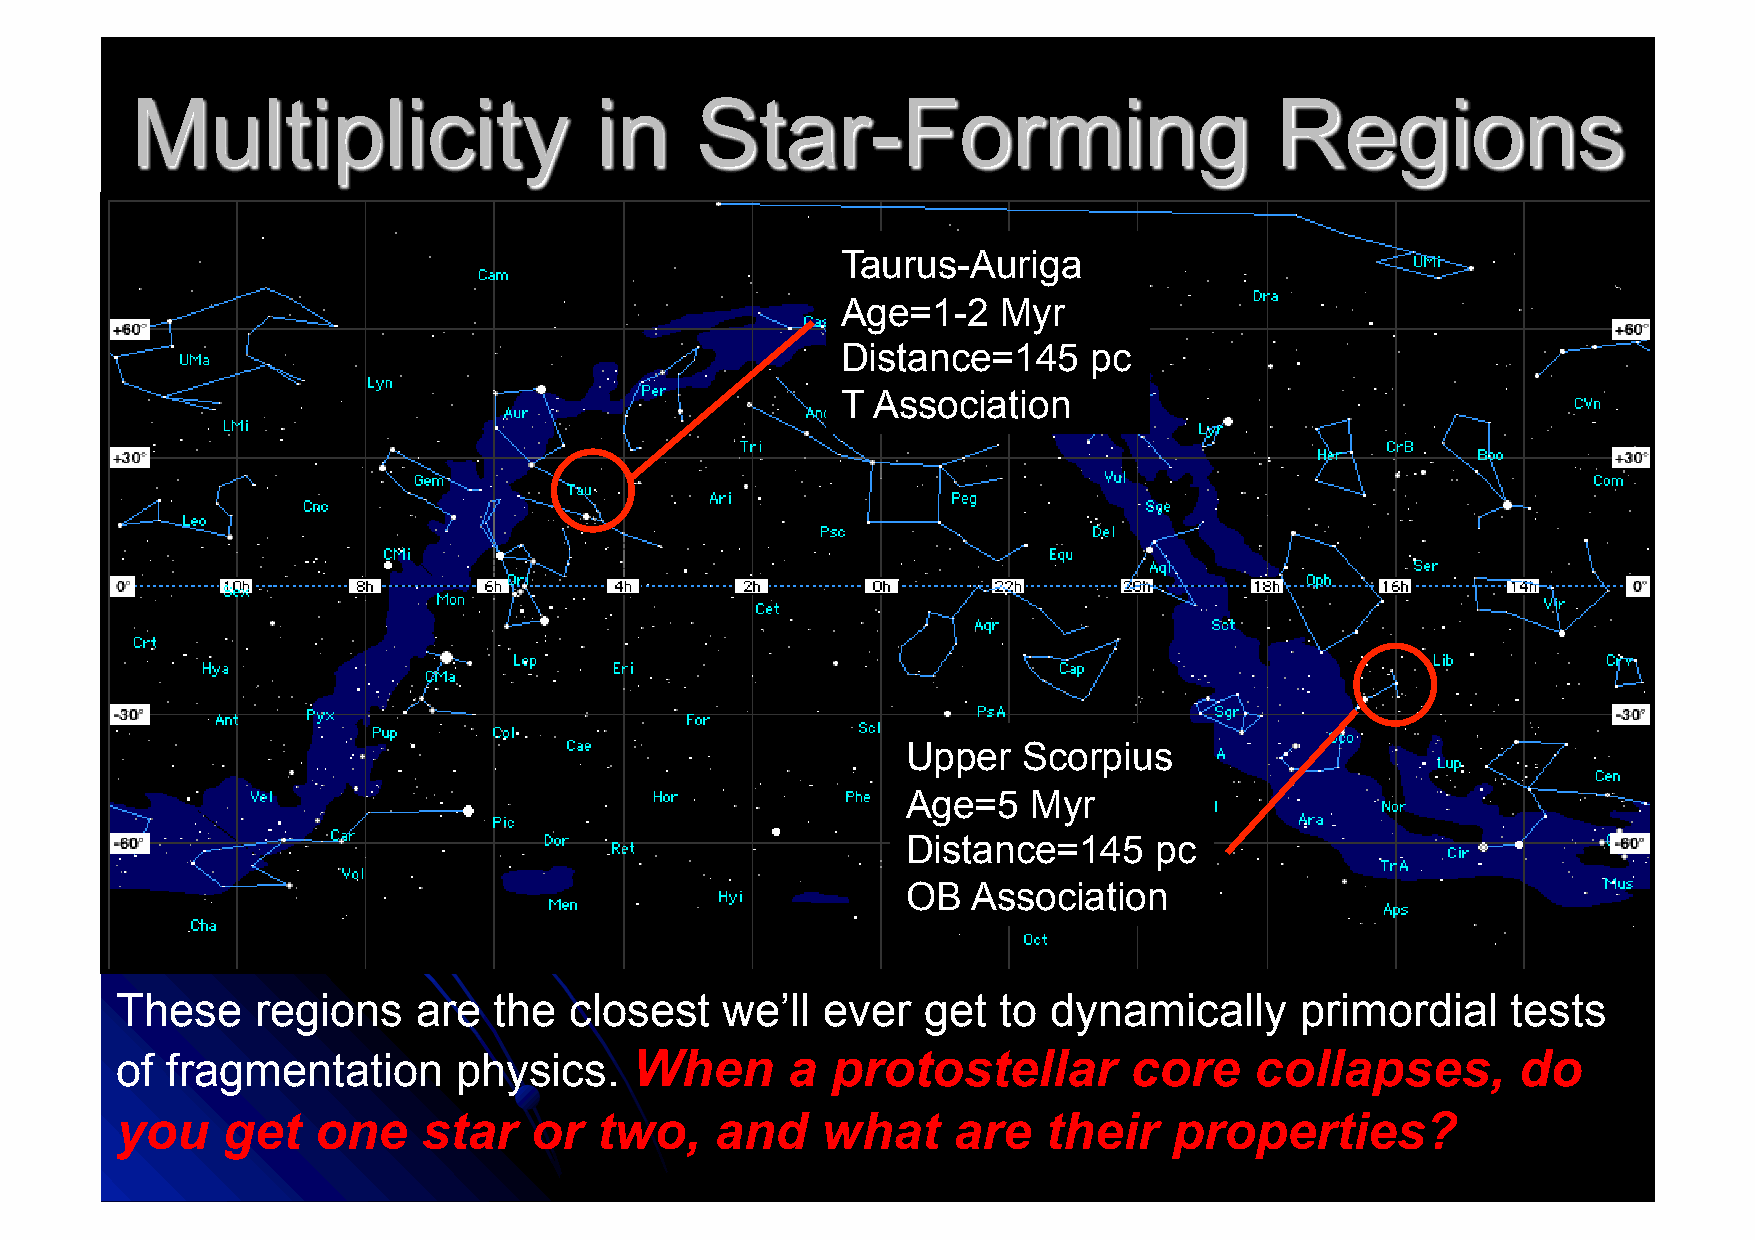
Taurus-Auriga
 Age=1-2   Myr
 Distance=145    pc
 T Association
 Upper   Scorpius
 Age=5   Myr
 Distance=145    pc
 OB  Association
 These    regions    are  the  closest   we’ll  ever  get  to  dynamically     primordial    tests
 of fragmentation      physics.    When      a  protostellar        core    collapses,        do
 you    get   one    star   or   two,   and    what     are   their    properties?